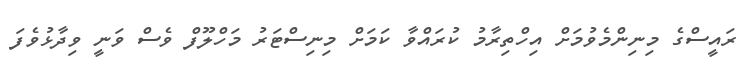
ރައީސްގެ މިނިންމެވުމަށް އިހްތިރާމު ކުރައްވާ ކަމަށް މިނިސްޓަރު މަހްލޫފް ވެސް ވަނީ ވިދާޅުވެފަ